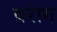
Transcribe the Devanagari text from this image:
वरांग